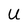
Character: U